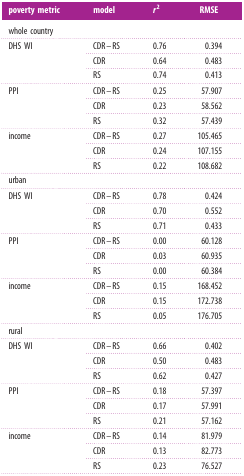
| poverty metric | model | r2 | RMSE |
 | --- | --- | --- | --- |
 | <COLSPAN=4> whole country |
 | <ROWSPAN=3> DHS WI | CDR–RS | 0.76 | 0.394 |
 | CDR | 0.64 | 0.483 |
 | RS | 0.74 | 0.413 |
 | <ROWSPAN=3> PPI | CDR–RS | 0.25 | 57.907 |
 | CDR | 0.23 | 58.562 |
 | RS | 0.32 | 57.439 |
 | <ROWSPAN=3> income | CDR–RS | 0.27 | 105.465 |
 | CDR | 0.24 | 107.155 |
 | RS | 0.22 | 108.682 |
 | <COLSPAN=4> urban |
 | <ROWSPAN=3> DHS WI | CDR–RS | 0.78 | 0.424 |
 | CDR | 0.70 | 0.552 |
 | RS | 0.71 | 0.433 |
 | <ROWSPAN=3> PPI | CDR–RS | 0.00 | 60.128 |
 | CDR | 0.03 | 60.935 |
 | RS | 0.00 | 60.384 |
 | <ROWSPAN=3> income | CDR–RS | 0.15 | 168.452 |
 | CDR | 0.15 | 172.738 |
 | RS | 0.05 | 176.705 |
 | <COLSPAN=4> rural |
 | <ROWSPAN=3> DHS WI | CDR–RS | 0.66 | 0.402 |
 | CDR | 0.50 | 0.483 |
 | RS | 0.62 | 0.427 |
 | <ROWSPAN=3> PPI | CDR–RS | 0.18 | 57.397 |
 | CDR | 0.17 | 57.991 |
 | RS | 0.21 | 57.162 |
 | <ROWSPAN=3> income | CDR–RS | 0.14 | 81.979 |
 | CDR | 0.13 | 82.773 |
 | RS | 0.23 | 76.527 |